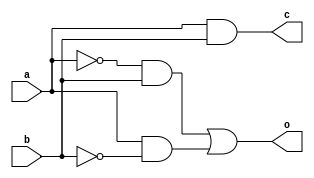
module halfAdder
(
input a,
input b,
output o,
output c
);

assign o = (~a)&b | a&(~b) ;
assign c = a&b ;

endmodule